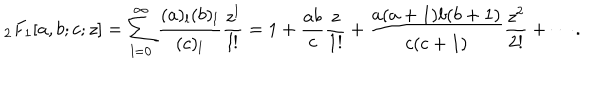
LaTeX: _ 2 F _ { 1 } [ a , b ; c ; z ] = \sum _ { l = 0 } ^ { \infty } { \frac { ( a ) _ { l } ( b ) _ { l } } { ( c ) _ { l } } } { \frac { z ^ { l } } { l ! } } = 1 + { \frac { a b } { c } } { \frac { z } { 1 ! } } + { \frac { a ( a + 1 ) b ( b + 1 ) } { c ( c + 1 ) } } { \frac { z ^ { 2 } } { 2 ! } } + \cdots .